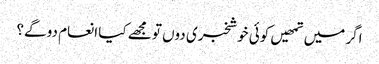
اگر میں تمھیں کوئی خوشخبری دوں تو مجھے کیا انعام دو گے؟